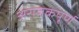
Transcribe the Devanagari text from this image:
अराजकपूर्ण